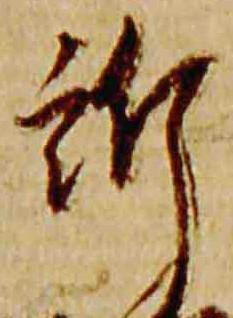
訴